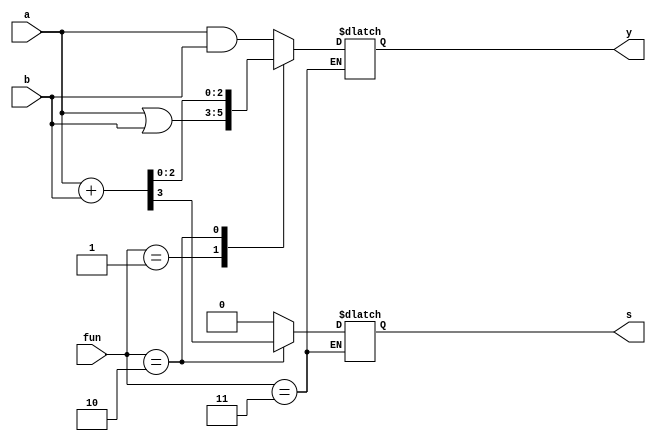
module alu(
input  [2:0] a,b,
input  [1:0] fun,
output reg s,
output reg [2:0] y);
always@(*)
begin
	case(fun)
		2'b00: begin s = 0; y = a & b; end
        2'b01: begin s = 0; y = a | b; end
        2'b10: begin {s,y} = a + b; end
        2'b11: begin
            //
        end
        default: begin s = 0; y = 0; end
    endcase
end
endmodule